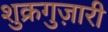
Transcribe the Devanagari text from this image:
शुक्रगुज़ारी